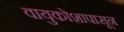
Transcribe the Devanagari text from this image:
वायुकोशापासून